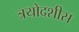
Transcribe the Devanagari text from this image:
त्रयोदशीस